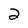
Character: 2